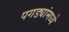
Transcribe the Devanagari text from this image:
पगड्यांमध्ये